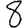
Digit: 8